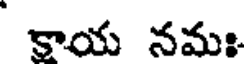
కాయ నమః